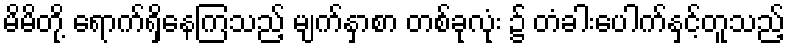
မိမိတို့ ရောက်ရှိနေကြသည့် မျက်နှာစာ တစ်ခုလုံး ၌ တံခါးပေါက်နှင့်တူသည့်